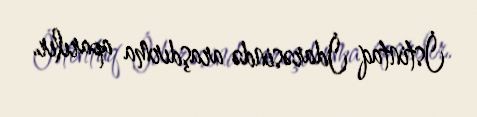
İstintaq İdarəsində araşdırma aparılır.